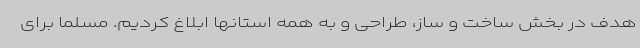
هدف در بخش ساخت و ساز، طراحی و به همه استانها ابلاغ کردیم. مسلما برای